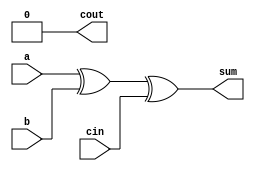
module full_adder3(a,b,cin,sum,cout);
input a,b,cin;
output sum,cout;
assign sum = a^b^cin;
assign cout = 1'b0; 
// initial begin
//     $display("The incorrect adder with or1 having out/0");
// end   
endmodule